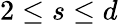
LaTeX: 2\leq s\leq d